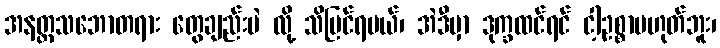
အနတ္တသဘောတရား တွေချည်းပဲ လို့ သိမြင်ရမယ်၊ အဲဒီမှာ ဒုက္ခထင်ရင် ငါ့ဥစ္စာမဟုတ်ဘူး၊